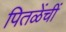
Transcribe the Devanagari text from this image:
पितळेंचीं